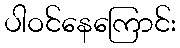
ပါဝင်နေကြောင်း